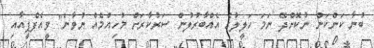
ބުނާ ކަންކަން ނުކޮށްދޭ ނަމަ ހަލީލުގެ އެއްބާރުލުން ސަރުކާރަށް މުހިއްމެއް ނުވާނެ" ވީއެފްޕީއާއި